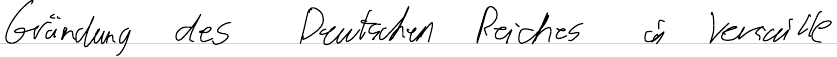
Gründung des Deutschen Reiches in Versaille